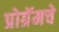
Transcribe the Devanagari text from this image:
प्रोग्रॅमचे